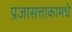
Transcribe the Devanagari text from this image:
प्रजासत्ताकामधे